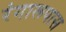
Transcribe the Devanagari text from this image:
रंगारूपास